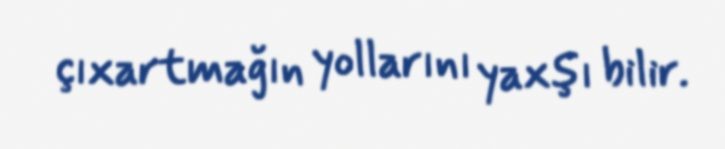
çıxartmağın yollarını yaxşı bilir.